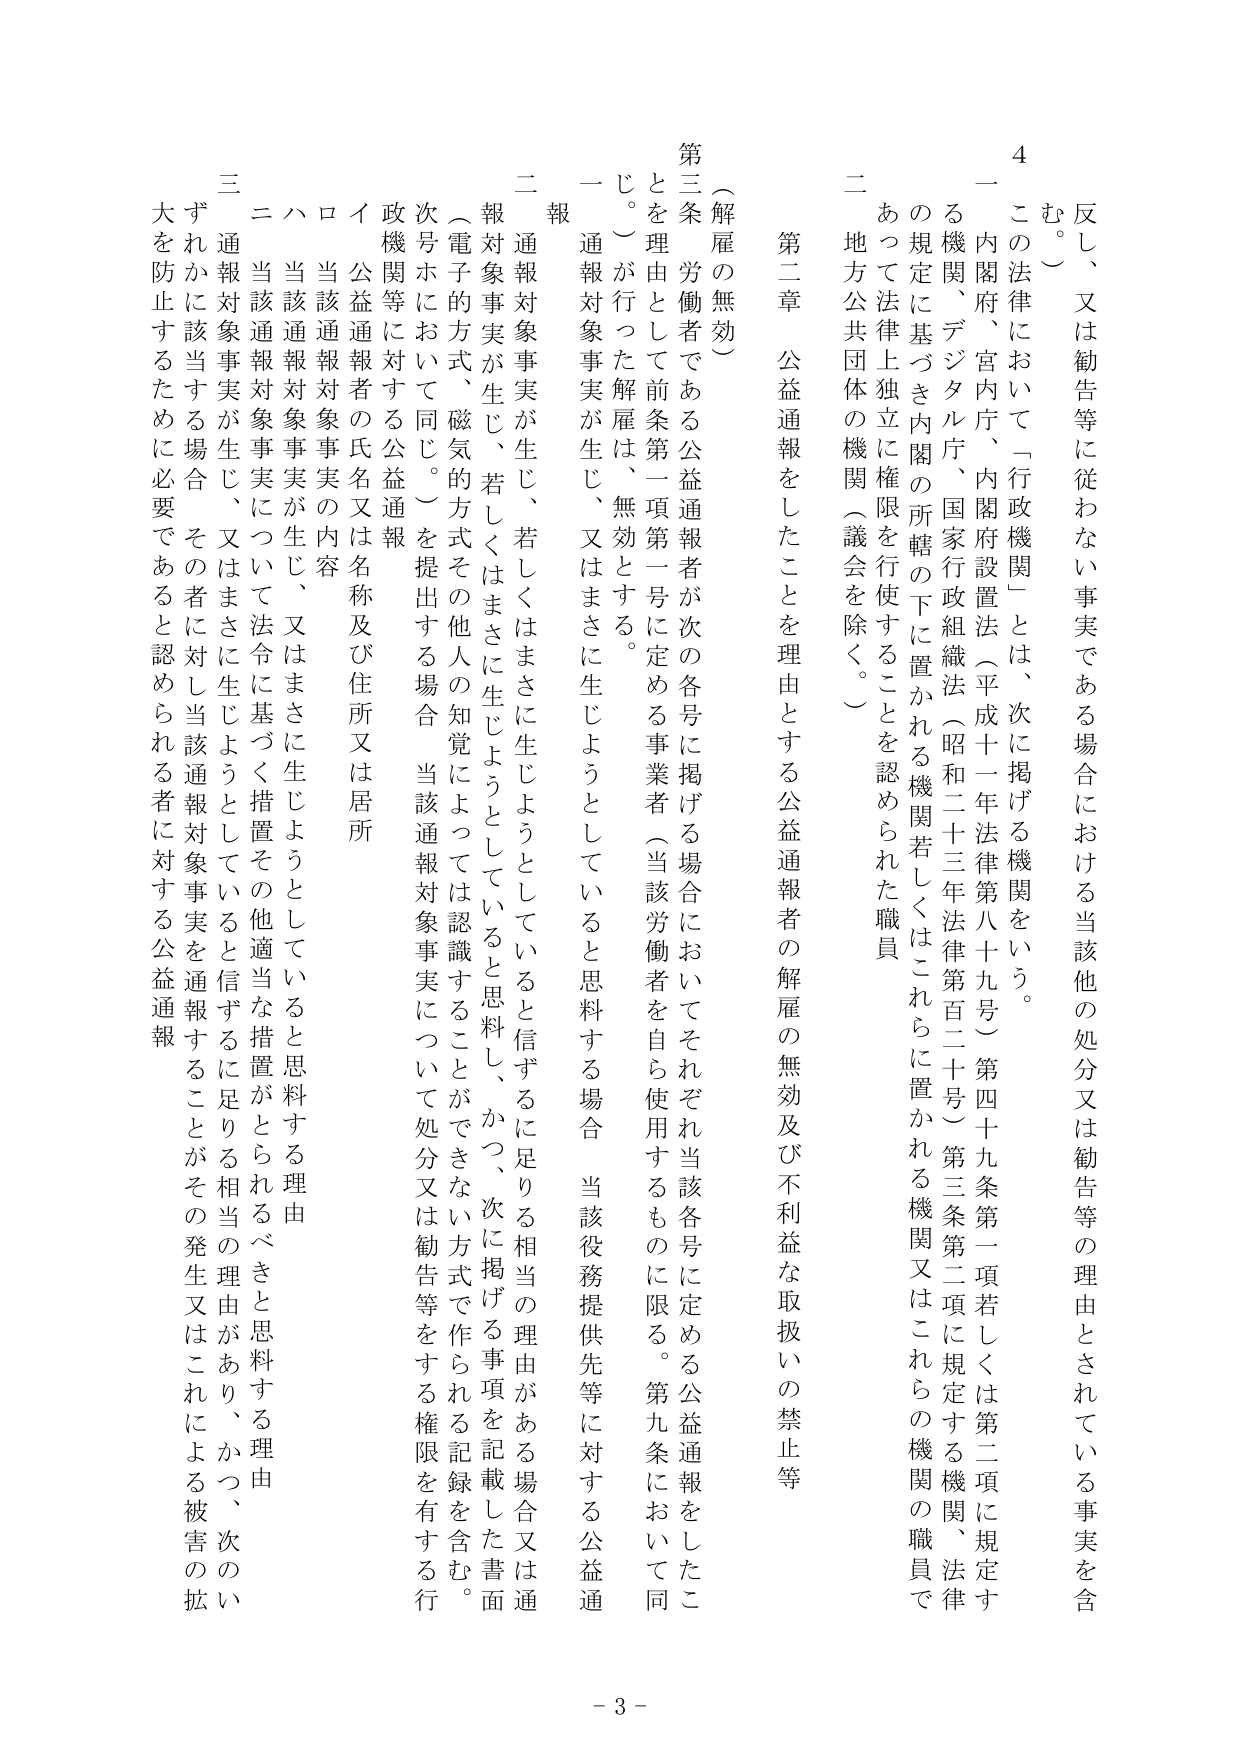
反し、又は勧告等に従わない事実である場合における当該他の処分又は勧告等の理由とされている事実を含む。）

この法律において「行政機関」とは、次に掲げる機関をいう。

一　内閣府、宮内庁、内閣府設置法（平成十一年法律第八十九号）第四十九条第一項若しくは第二項に規定する機関、デジタル庁、国家行政組織法（昭和二十三年法律第百二十号）第三条第二項に規定する機関、法律の規定に基づき内閣の所轄の下に置かれる機関若しくはこれらに置かれる機関又はこれらの機関の職員であって法律上独立に権限を行使することを認められた職員

二　地方公共団体の機関（議会を除く。）

第二章　公益通報をしたことを理由とする公益通報者の解雇の無効及び不利益な取扱いの禁止等

（解雇の無効）

第三条　労働者である公益通報者が次の各号に掲げる場合においてそれぞれ当該各号に定める公益通報をしたことを理由として前条第一項第一号に定める事業者（当該労働者を自ら使用するものに限る。第九条において同じ。）が行った解雇は、無効とする。

一　通報対象事実が生じ、又はまさに生じようとしていると思料する場合　当該役務提供先等に対する公益通報

二　通報対象事実が生じ、若しくはまさに生じようとしていると信ずるに足りる相当の理由がある場合又は通報対象事実が生じ、若しくはまさに生じようとしていると思料し、かつ、次に掲げる事項を記載した書面（電子的方式、磁気的方式その他人の知覚によっては認識することができない方式で作られる記録を含む。次号ホにおいて同じ。）を提出する場合　当該通報対象事実について処分又は勧告等をする権限を有する行政機関等に対する公益通報

イ　公益通報者の氏名又は名称及び住所又は居所

ロ　当該通報対象事実の内容

ハ　当該通報対象事実が生じ、又はまさに生じようとしていると思料する理由

ニ　当該通報対象事実について法令に基づく措置その他適当な措置がとられるべきと思料する理由

三　通報対象事実が生じ、又はまさに生じようとしていると信ずるに足りる相当の理由があり、かつ、次のいずれかに該当する場合　その者に対し当該通報対象事実を通報することがその発生又はこれによる被害の拡大を防止するために必要であると認められる者に対する公益通報

- 3 -